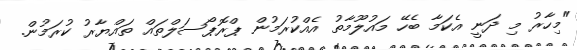
"މިހާރު މި ދަނީ އެކަމާ ބެހޭ މައުލޫމާތު އެއްކުރަމުން ޕްރޮޕޯސަލްތައް ތައްޔާރު ކުރަމުން.